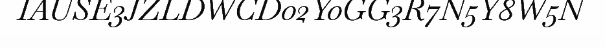
IAUSE3JZLDWCD02Y0GG3R7N5Y8W5N